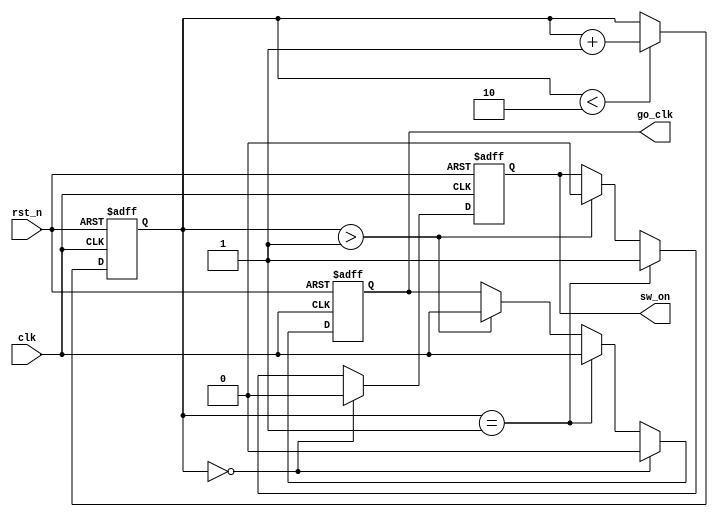
module clk_go (
    input wire clk,
    input wire rst_n,
    output reg go_clk,
    output reg sw_on
);
    // Correcting submodule functionality: Use a 2-bit counter to allow for counting up to 2
    reg [1:0] cnt;

    // Sequential logic block for handling counter and outputs
    always @(posedge clk or negedge rst_n) begin
        if (!rst_n) begin
            cnt <= 0;       // Reset condition
            go_clk <= 0;    // Ensure outputs are also reset
            sw_on <= 0;
        end else begin
            // Counting logic
            if (cnt < 2)
                cnt <= cnt + 1;
                
            // Conditional logic for go_clk and sw_on based on cnt value
            if(cnt == 0) begin
                go_clk <= 0;
                sw_on <= 0;
            end else if(cnt == 1) begin
                go_clk <= clk;
                sw_on <= 1;
            end else if(cnt > 1) begin
                go_clk <= clk;
                sw_on <= 0;
            end
        end
    end
endmodule